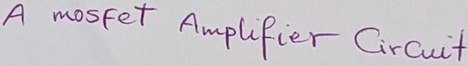
Text: A mosfet Amplifier Circuit